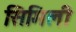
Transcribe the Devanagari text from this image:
सिमिली